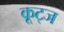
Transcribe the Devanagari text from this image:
कूट्ज